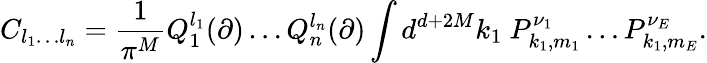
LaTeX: C_{l_{1}\ldots l_{n}}=\frac{1}{\pi^{M}}Q_{1}^{l_{1}}(\partial)\ldots Q_{n}^{l_{n}}(\partial)\int d^{d+2M}k_{1}~P_{k_{1},m_{1}}^{\nu_{1}}\ldots P_{k_{1},m_{E}}^{\nu_{E}}.